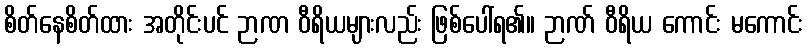
စိတ်နေစိတ်ထား အတိုင်းပင် ဉာဏ ဝီရိယများလည်း ဖြစ်ပေါ်ရ၏။ ဉာဏ် ဝီရိယ ကောင်း မကောင်း